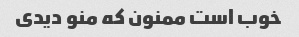
خوب است ممنون که منو دیدی